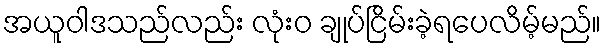
အယူဝါဒသည်လည်း လုံးဝ ချုပ်ငြိမ်းခဲ့ရပေလိမ့်မည်။